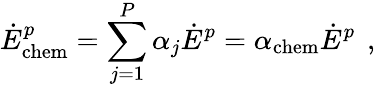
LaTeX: \dot{E}_{\mathrm{chem}}^{p}=\sum_{j=1}^{P}\alpha_{j}\dot{E}^{p}=\alpha_{\mathrm{chem}}\dot{E}^{p}\, \mathrm{~,~}